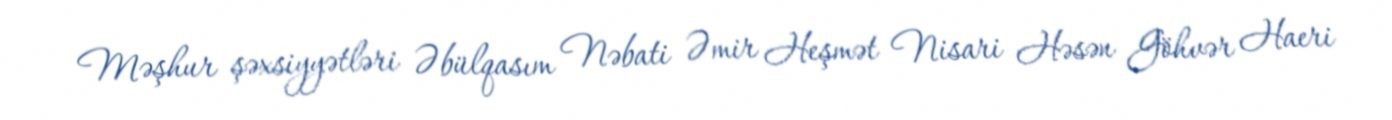
Məşhur şəxsiyyətləri Əbülqasım Nəbati Əmir Heşmət Nisari Həsən Göhvər Haeri